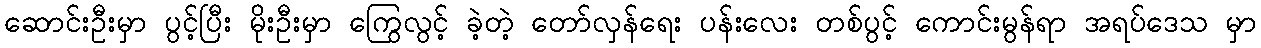
ဆောင်းဦးမှာ ပွင့်ပြီး မိုးဦးမှာ ကြွေလွင့် ခဲ့တဲ့ တော်လှန်ရေး ပန်းလေး တစ်ပွင့် ကောင်းမွန်ရာ အရပ်ဒေသ မှာ